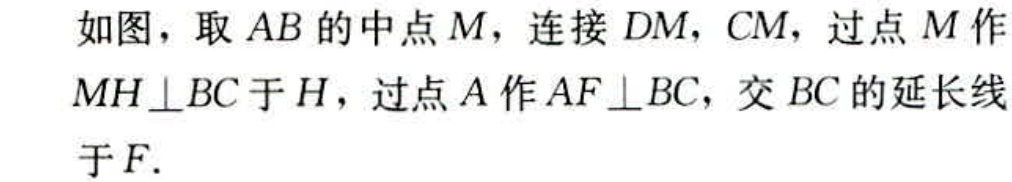
如图，取 \(AB\) 的中点 \(M\)，连接 \(DM\)，\(CM\)，过点 \(M\) 作 \(MH\perp BC\) 于 \(H\)，过点 \(A\) 作 \(AF\perp BC\)，交 \(BC\) 的延长线于 \(F\).